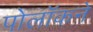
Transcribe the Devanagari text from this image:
पोलॉकने